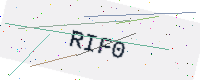
Text: RIF0